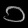
Digit: ၁